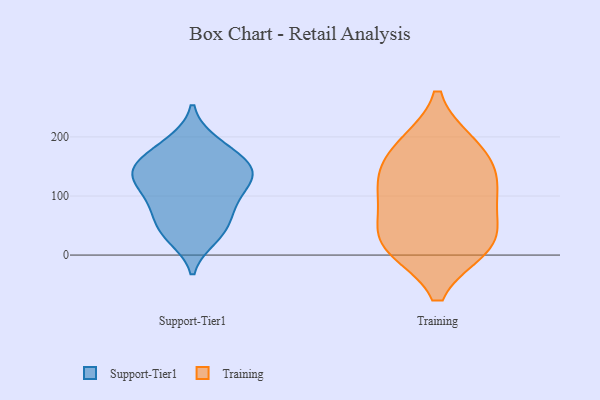
{"axis": {"x": "Market Share (%)", "y": "Value"}, "legend": ["Support-Tier1", "Training"], "data": [{"x": "", "y": 158, "type": "Support-Tier1"}, {"x": "", "y": 144, "type": "Support-Tier1"}, {"x": "", "y": 191, "type": "Support-Tier1"}, {"x": "", "y": 117, "type": "Support-Tier1"}, {"x": "", "y": 149, "type": "Support-Tier1"}, {"x": "", "y": 140, "type": "Support-Tier1"}, {"x": "", "y": 120, "type": "Support-Tier1"}, {"x": "", "y": 40, "type": "Support-Tier1"}, {"x": "", "y": 187, "type": "Support-Tier1"}, {"x": "", "y": 84, "type": "Support-Tier1"}, {"x": "", "y": 30, "type": "Support-Tier1"}, {"x": "", "y": 154, "type": "Support-Tier1"}, {"x": "", "y": 123, "type": "Support-Tier1"}, {"x": "", "y": 83, "type": "Support-Tier1"}, {"x": "", "y": 39, "type": "Support-Tier1"}, {"x": "", "y": 71, "type": "Support-Tier1"}, {"x": "", "y": 43, "type": "Training"}, {"x": "", "y": 186, "type": "Training"}, {"x": "", "y": 93, "type": "Training"}, {"x": "", "y": 16, "type": "Training"}, {"x": "", "y": 14, "type": "Training"}, {"x": "", "y": 98, "type": "Training"}, {"x": "", "y": 139, "type": "Training"}, {"x": "", "y": 15, "type": "Training"}, {"x": "", "y": 184, "type": "Training"}, {"x": "", "y": 134, "type": "Training"}]}